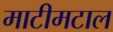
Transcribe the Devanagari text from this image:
माटीमटाल